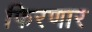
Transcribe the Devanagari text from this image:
फिरणार